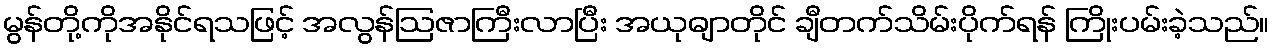
မွန်တို့ကိုအနိုင်ရသဖြင့် အလွန်ဩဇာကြီးလာပြီး အယုဓျာတိုင် ချီတက်သိမ်းပိုက်ရန် ကြိုးပမ်းခဲ့သည်။